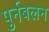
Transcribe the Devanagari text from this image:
पुर्नबलन